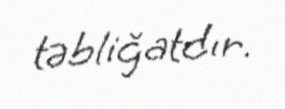
təbliğatdır.